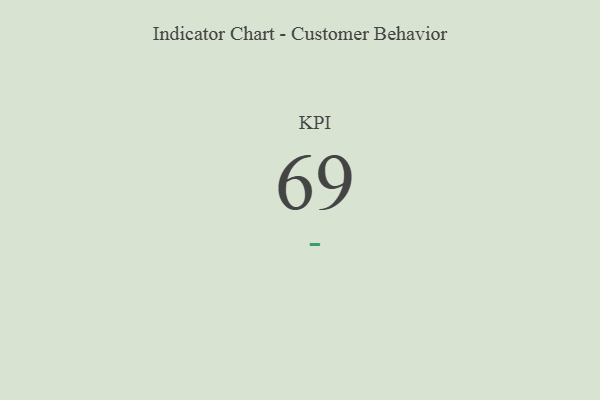
{"axis": {"x": "KPI", "y": "Value"}, "legend": [""], "data": [{"x": "KPI", "y": 69, "type": ""}]}